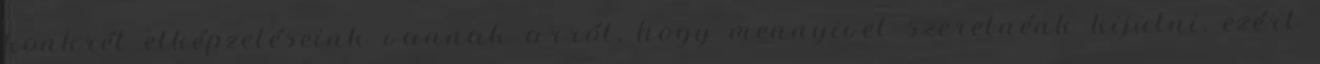
konkrét elképzeléseink vannak arról, hogy mennyivel szeretnénk kijutni, ezért